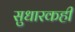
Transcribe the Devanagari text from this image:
सुधारकही